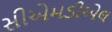
સીએમડીએલ